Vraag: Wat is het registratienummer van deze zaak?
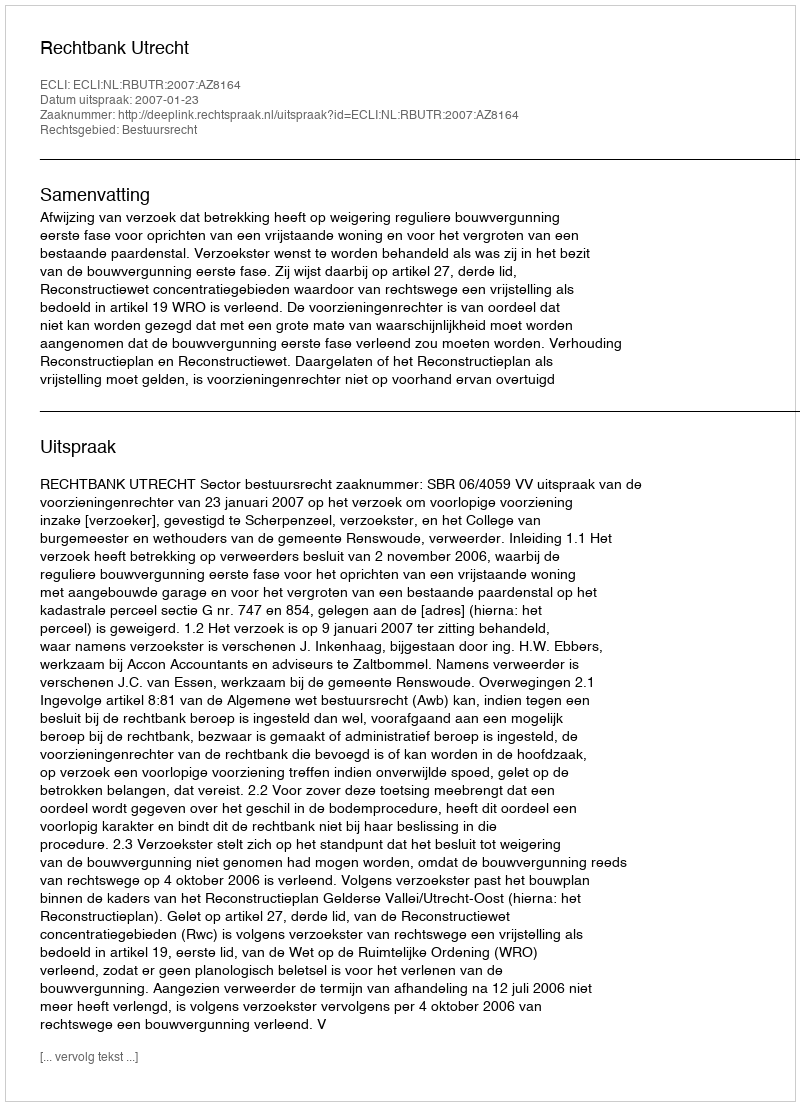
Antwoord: http://deeplink.rechtspraak.nl/uitspraak?id=ECLI:NL:RBUTR:2007:AZ8164